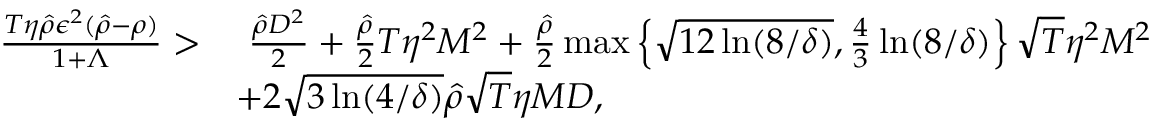
\begin{array} { r l } { \frac { T \eta \hat { \rho } \epsilon ^ { 2 } ( \hat { \rho } - \rho ) } { 1 + \Lambda } > } & { ~ \frac { \hat { \rho } D ^ { 2 } } { 2 } + \frac { \hat { \rho } } { 2 } T \eta ^ { 2 } M ^ { 2 } + \frac { \hat { \rho } } { 2 } \operatorname* { m a x } \left\{ \sqrt { 1 2 \ln ( 8 / \delta ) } , \frac { 4 } { 3 } \ln ( 8 / \delta ) \right\} \sqrt { T } \eta ^ { 2 } M ^ { 2 } } \\ & { + 2 \sqrt { 3 \ln ( 4 / \delta ) } \hat { \rho } \sqrt { T } \eta M D , } \end{array}